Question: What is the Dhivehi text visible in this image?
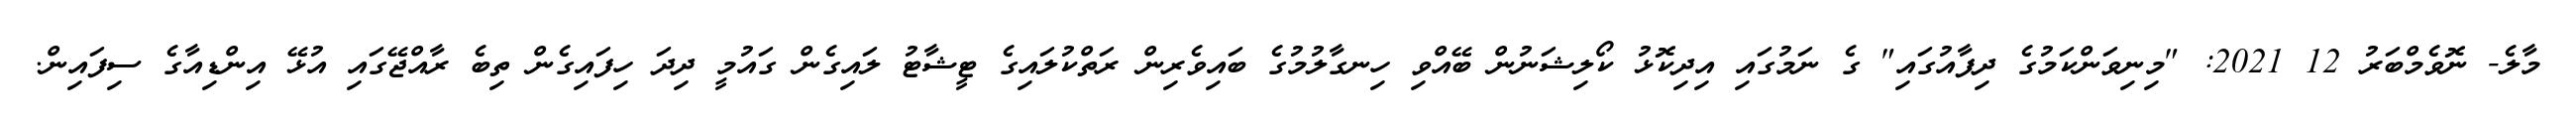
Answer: މާލެ- ނޮވެމްބަރު 12 2021: "މިނިވަންކަމުގެ ދިފާއުގައި" ގެ ނަމުގައި އިދިކޮޅު ކޯލިޝަނުން ބޭއްވި ހިނގާލުމުގެ ބައިވެރިން ރަތްކުލައިގެ ޓީޝާޓު ލައިގެން ގައުމީ ދިދަ ހިފައިގެން ތިބެ ރާއްޖޭގައި އުޅޭ އިންޑިއާގެ ސިފައިން.